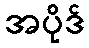
အပိုဒ်